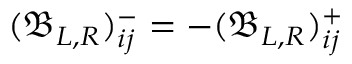
( \mathfrak { B } _ { L , R } ) _ { i j } ^ { - } = - ( \mathfrak { B } _ { L , R } ) _ { i j } ^ { + }